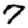
Digit: 7